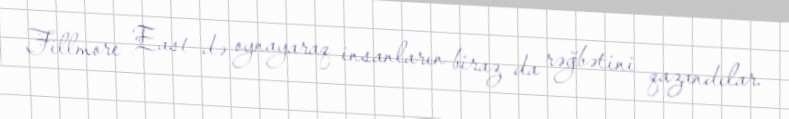
Fillmore East-də oynayaraq insanların biraz da rəğbətini qazandılar.